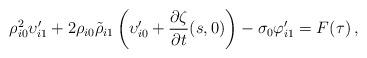
LaTeX: \begin{align*} \rho_{i0}^2\upsilon_{i1}^\prime+2\rho_{i0}\tilde{\rho}_{i1}\left(\upsilon_{i0}^\prime+\frac{\partial\zeta}{\partial t}(s,0)\right) -\sigma_0\varphi_{i1}^{\prime} = F(\tau)\,, \end{align*}